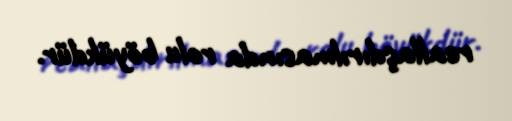
reallaşdırılmasında rolu böyükdür.